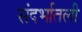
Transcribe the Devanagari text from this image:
संदर्भातली